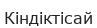
Кіндіктісай